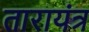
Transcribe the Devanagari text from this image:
तारायंत्र